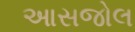
આસજોલ